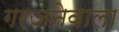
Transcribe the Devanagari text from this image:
गरजनेवाला